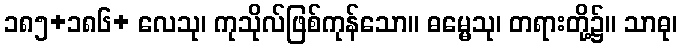
၁၈၅+၁၈၆+ လေသု၊ ကုသိုလ်ဖြစ်ကုန်သော။ ဓမ္မေသု၊ တရားတို့၌။ သာဓု၊